Annual statistical returns and brief notes on vaccination in Bengal - 1887-1898
Year: 1887
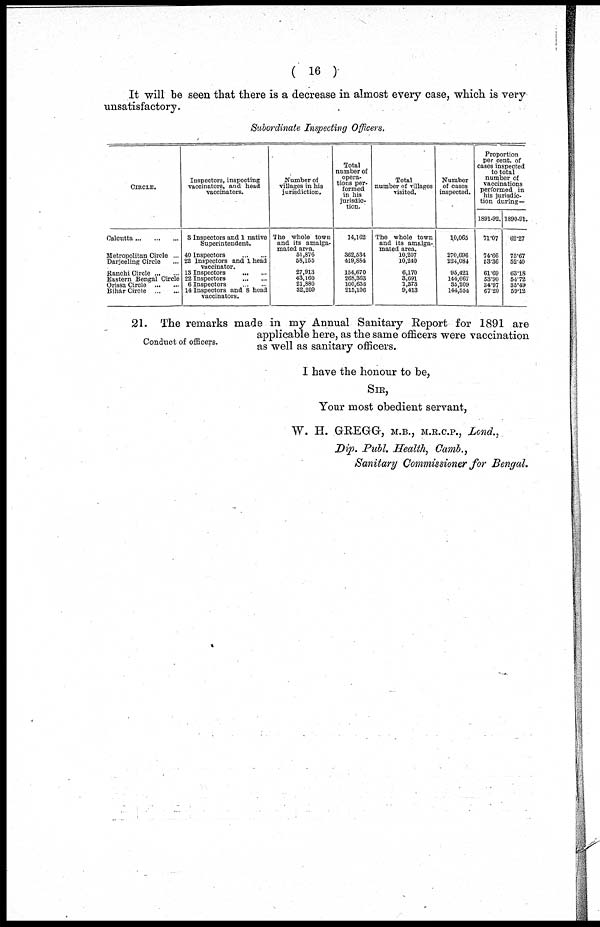
( 16 )
It will be seen that there is a decrease in almost every case, which is very
unsatisfactory.
Subordinate Inspecting Officers.
CIRCLE.
Calcutta ... ... ...
Metropolitan Circle ...
Darjeeling Circle ...
Ranchi Circle ... ...
Eastern Bengal Circle
Orissa Circle
...
...
Bihár Circle
...
...
Inspectors, inspecting
vaccinators, and head
vaccinators.
3 Inspectors and 1 native
Superintendent.
40 Inspectors
...
...
22 Inspectors and 1 head
vaccinator.
13 Inspectors
...
...
22 Inspectors
...
...
6 Inspectors
...
...
14 Inspectors and 8 head
vaccinators.
Number of
villages in his
jurisdiction.
The whole town
and its amalga-
mated area.
51,876
58,155
27,913
43,160
21,880
32,209
Total
number of
opera-
tions per-
formed
in his
jurisdic-
tion.
14,162
362,534
419,884
154,670
268,363
100,653
215,106
Total
number of villages
visited.
The whole town
and its amalga-
mated area.
10,207
10,240
6,170
3,691
1,373
9,413
Number
of cases
inspected.
1,0,065
270,696
224,084
95,421
144,667
35,209
144,554
Proportion
per cent. of
cases inspected
to total
number of
vaccinations
performed in
his jurisdic-
tion during—
1891-92.
71.07
74.66
53.36
61.69
53.90
34.97
67.20
1890-91.
62.27
75.67
52.40
63.18
54.72
35.49
59.12
Conduct of officers.
21. The remarks made in my Annual Sanitary Report for 1891 are
applicable here, as the same officers were vaccination
as well as sanitary officers.
I have the honour to be,
SIR,
Your most obedient servant,
W. H. GREGG, M.B., M.R.C.P., Lond.,
Dip. Publ. Health, Camb.,
Sanitary Commissioner for Bengal.